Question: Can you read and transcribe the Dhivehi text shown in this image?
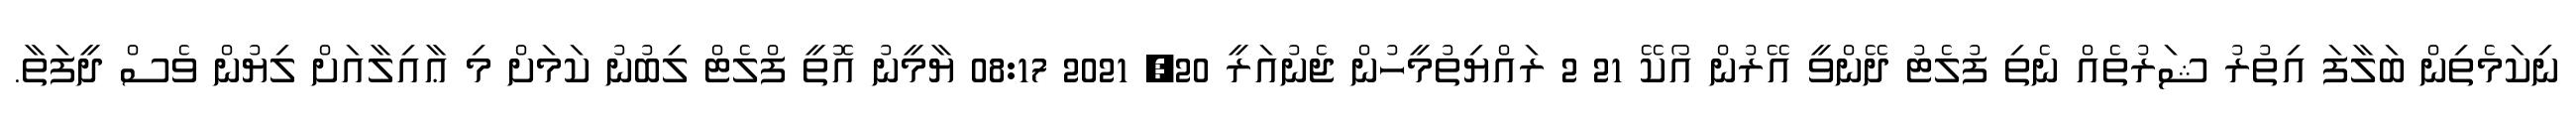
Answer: ނިކަމެތިން ބަލާފަ އިތުރު ޝަރުތެއް ނެތި ފުލެޓު ދޭންވީ އޭރުން އޯކޭ 21 2 ރައްޔިތުމީހުން ޖެނުއަރީ 20, 2021 08:17 ޔާމީނު އޮތީ ފްލެޓް ލިބުނު ކަމަށް މި ޢާއިލާއަށް ލިޔުން ވެސް ދީފަތާ.